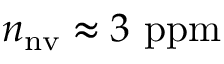
n _ { \mathrm { n v } } \approx 3 ~ \mathrm { p p m }